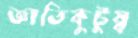
জ্ঞাতিকুটুম্ব